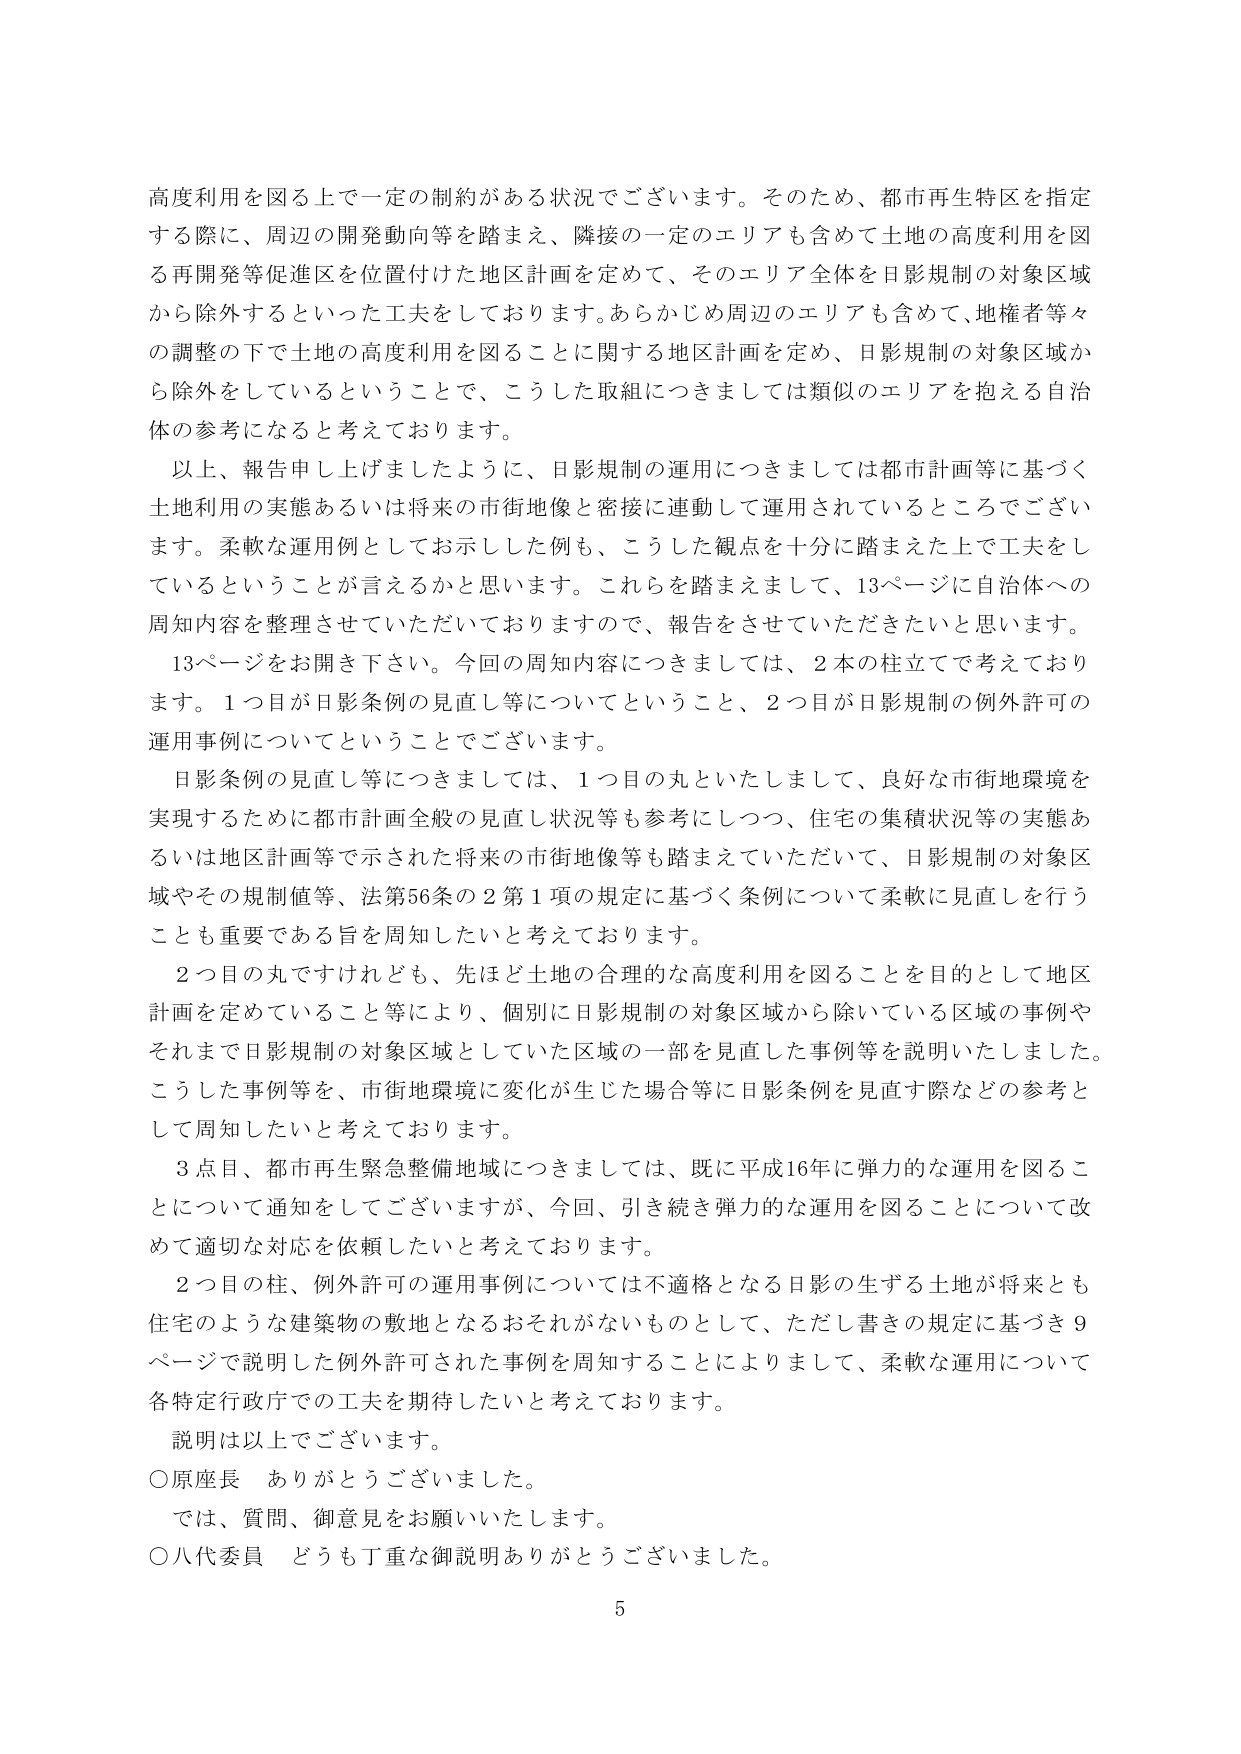
高度利用を図る上で一定の制約がある状況でございます。そのため、都市再生特区を指定する際に、周辺の開発動向等を踏まえ、隣接の一定のエリアも含めて土地の高度利用を図る再開発等促進区を位置付けた地区計画を定めて、そのエリア全体を日影規制の対象区域から除外するといった工夫をしております。あらかじめ周辺のエリアも含めて、地権者等々の調整の下で土地の高度利用を図ることに関する地区計画を定め、日影規制の対象区域から除外をしているということで、こうした取組につきましては類似のエリアを抱える自治体の参考になると考えております。

以上、報告申し上げましたように、日影規制の運用につきましては都市計画等に基づく土地利用の実態あるいは将来の市街地像と密接に連動して運用されているところでございます。柔軟な運用例としてお示しした例も、こうした観点を十分に踏まえた上で工夫をしているということが言えるかと思います。これらを踏まえまして、13ページに自治体への周知内容を整理させていただいておりますので、報告をさせていただきたいと思います。

13ページをお開き下さい。今回の周知内容につきましては、2本の柱立てで考えております。1つ目が日影条例の見直し等についてということ、2つ目が日影規制の例外許可の運用事例についてということでございます。

日影条例の見直し等につきましては、1つ目の丸といたしまして、良好な市街地環境を実現するために都市計画全般の見直し状況等も参考にしつつ、住宅の集積状況等の実態あるいは地区計画等で示された将来の市街地像等も踏まえていただいて、日影規制の対象区域やその規制値等、法第56条の2第1項の規定に基づく条例について柔軟に見直しを行うことも重要である旨を周知したいと考えております。

2つ目の丸ですけれども、先ほど土地の合理的な高度利用を図ることを目的として地区計画を定めていること等により、個別に日影規制の対象区域から除いている区域の事例やそれまで日影規制の対象区域としていた区域の一部を見直した事例等を説明いたしました。こうした事例等を、市街地環境に変化が生じた場合等に日影条例を見直す際などの参考として周知したいと考えております。

3点目、都市再生緊急整備地域につきましては、既に平成16年に弾力的な運用を図ることについて通知をしてございますが、今回、引き続き弾力的な運用を図ることについて改めて適切な対応を依頼したいと考えております。

2つ目の柱、例外許可の運用事例については不適格となる日影の生ずる土地が将来とも住宅のような建築物の敷地となるおそれがないものとして、ただし書きの規定に基づき9ページで説明した例外許可された事例を周知することによりまして、柔軟な運用について各特定行政庁での工夫を期待したいと考えております。

説明は以上でございます。

○原座長　ありがとうございました。

では、質問、御意見をお願いいたします。

○八代委員　どうも丁重な御説明ありがとうございました。

5